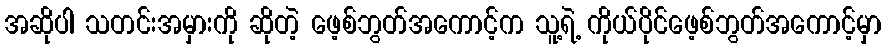
အဆိုပါ သတင်းအမှားကို ဆိုတဲ့ ဖေ့စ်ဘွတ်အကောင့်က သူ့ရဲ့ ကိုယ်ပိုင်ဖေ့စ်ဘွတ်အကောင့်မှာ